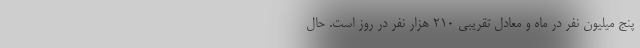
پنج میلیون نفر در ماه و معادل تقریبی ۲۱۰ هزار نفر در روز است. حال